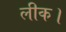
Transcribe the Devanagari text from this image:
लीक।